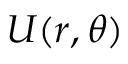
U ( r , \theta )